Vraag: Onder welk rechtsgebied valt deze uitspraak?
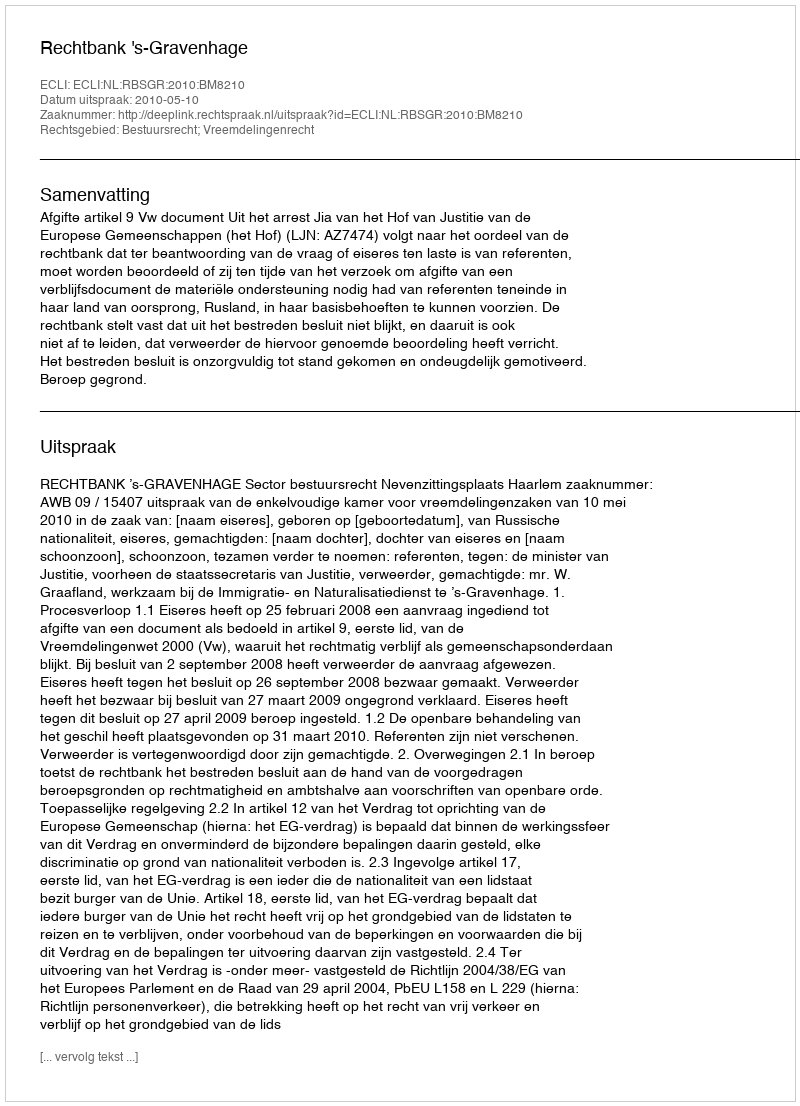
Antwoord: Bestuursrecht; Vreemdelingenrecht